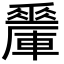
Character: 𨏇